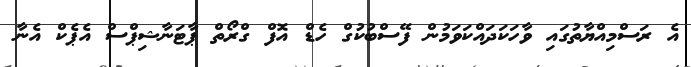
އެ ރަސްމިއްޔާތުގައި ވާހަކަދައްކަވަމުން ފޭސްބުކުގް ހެޑް އޮފް ގްރޯތް ޕާޓަނާޝިޕްސް އެޕެކް އެނާ